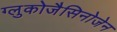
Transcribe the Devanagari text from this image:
ग्लुकोजैसिनोजेन